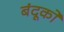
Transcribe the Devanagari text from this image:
बंदूको